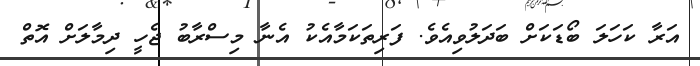
އަރާ ކަހަލަ ބޯޑަކަށް ބަދަލުވިއެވެ. ފަރިތަކަމާއެކު އެނާ މިސްރާބު ޖެހީ ދިމާލަށް އޮތް